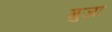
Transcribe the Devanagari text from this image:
गुजा